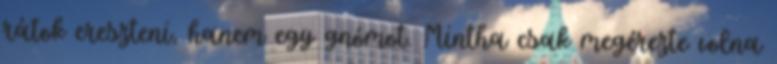
rátok ereszteni, hanem egy gnómot. Mintha csak megérezte volna